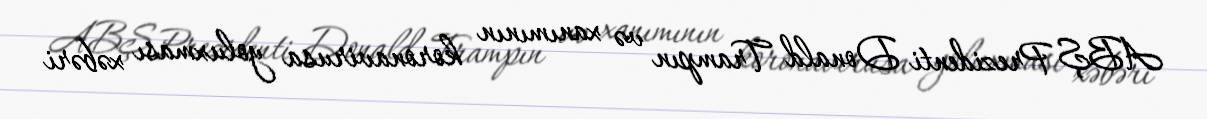
ABŞ Prezidenti Donald Trampın və xanımının koronavirusa yoluxması xəbəri